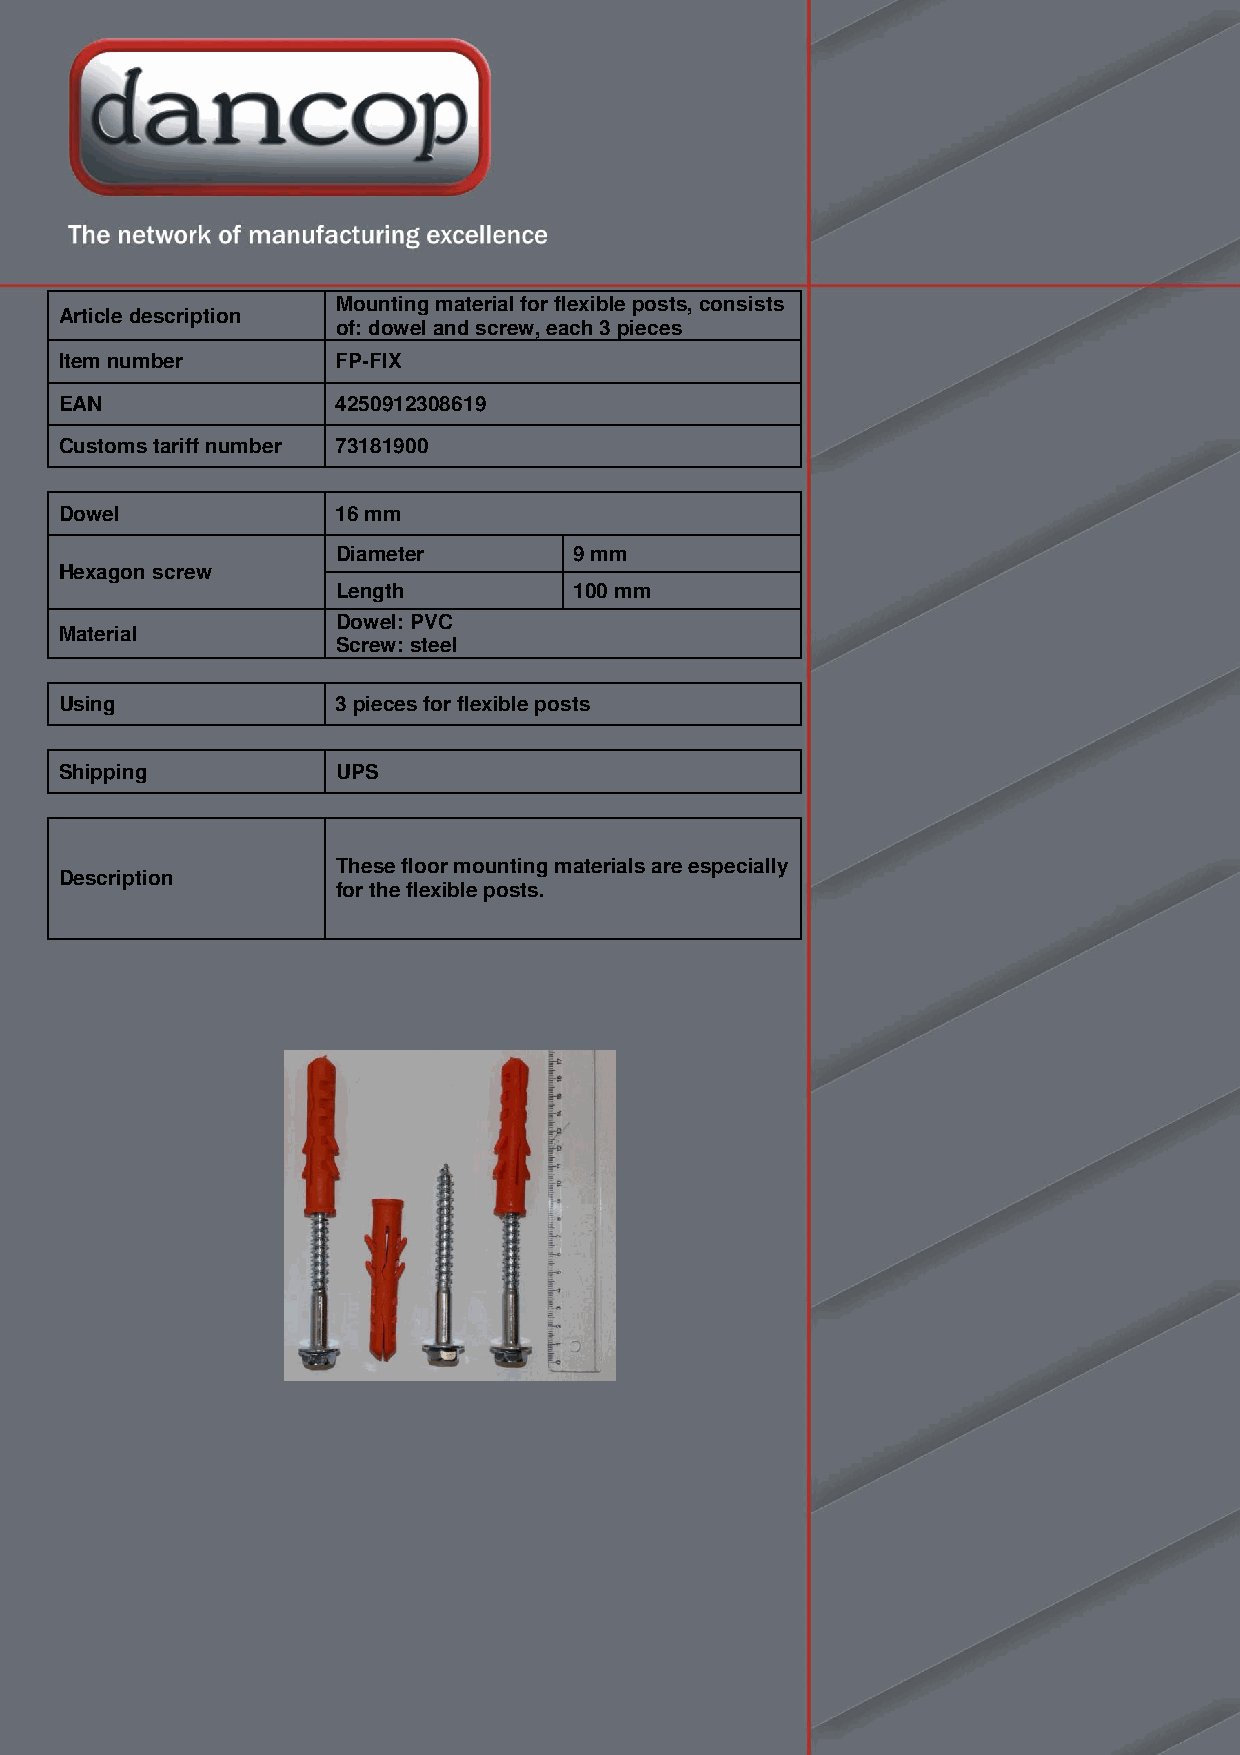
Mounting material for flexible posts, consists
 Article description
 of: dowel and screw, each 3 pieces
 Item number       FP-FIX
 EAN               4250912308619
 Customs tariff number 73181900
 Dowel             16 mm
 Diameter        9 mm
 Hexagon screw
 Length          100 mm
 Dowel: PVC
 Material
 Screw: steel
 Using             3 pieces for flexible posts
 Shipping          UPS
 These floor mounting materials are especially
 Description
 for the flexible posts.